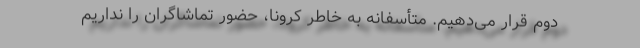
دوم قرار می‌دهیم. متأسفانه به خاطر کرونا، حضور تماشاگران را نداریم